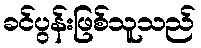
ခင်ပွန်းဖြစ်သူသည်